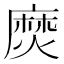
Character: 𪎖